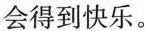
会得到快乐。